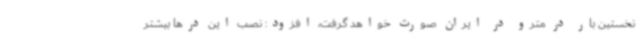
نخستین بار در مترو در ایران صورت خواهد گرفت، افزود: نصب این درها بیشتر